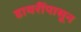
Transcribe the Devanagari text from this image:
डायरींपासून